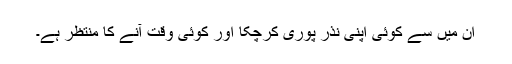
ان میں سے کوئی اپنی نذر پوری کرچکا اور کوئی وقت آنے کا منتظر ہے۔